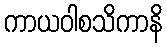
ကာယဝါစသိကာနိ